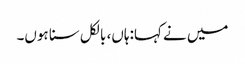
میں نے کہا:ہاں، بالکل سنا ہوں۔